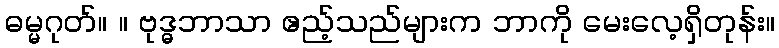
ဓမ္မဂုတ်။ ။ ဗုဒ္ဓဘာသာ ဧည့်သည်များက ဘာကို မေးလေ့ရှိတုန်း။